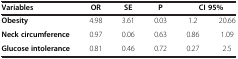
<table><thead><tr><td><b>Variables</b></td><td><b>OR</b></td><td><b>SE</b></td><td><b>P</b></td><td colspan="2"><b>CI 95%</b></td></tr></thead><tbody><tr><td><b>Obesity</b></td><td>4.98</td><td>3.61</td><td>0.03</td><td>1.2</td><td>20.66</td></tr><tr><td><b>Neck circumference</b></td><td>0.97</td><td>0.06</td><td>0.63</td><td>0.86</td><td>1.09</td></tr><tr><td><b>Glucose intolerance</b></td><td>0.81</td><td>0.46</td><td>0.72</td><td>0.27</td><td>2.5</td></tr></tbody></table>